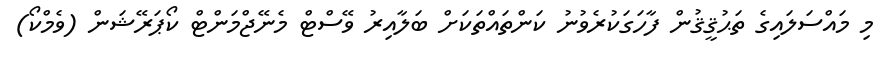
މި މައްސަލައިގެ ތަޙުޤީޤުން ފާހަގަކުރެވުނު ކަންތައްތަކަށް ބަލާއިރު ވޭސްޓް މެނޭޖްމަންޓް ކޯޕަރޭޝަން (ވެމްކޯ)